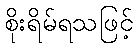
စိုးရိမ်ရသဖြင့်